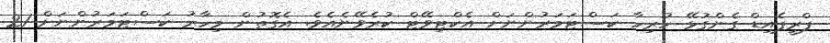
ޕްރީޕެއިޑް ގެންގުޅޭ ހުރިހާ ކަސްޓަމަރުންނަށް އެކްޓިވޭޓް ކުރެވޭނެއެވެ. އެގޮތުން މިހާރު ކަސްޓަމަރުންނަށް 21